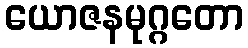
ယောဇနမုဂ္ဂတော